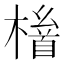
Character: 𱤛